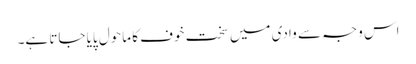
اس وجہ سے وادی میں سخت خوف کا ماحول پایا جاتا ہے۔